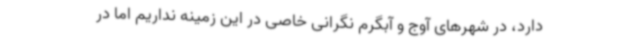
دارد، در شهرهای آوج و آبگرم نگرانی خاصی در این زمینه نداریم اما در